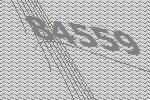
84559